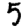
Digit: 5